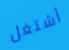
أشتغل